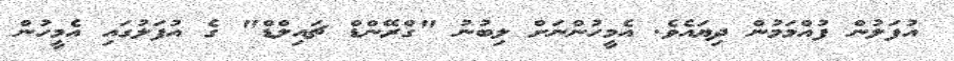
އުފަލުން ފުއްމަމުން ދިޔައެވެ. އެމީހުންނަށް ލިބުނު "ގްރޭންޑް ޗައިލްޑް" ގެ އުފަލުގައި އެމީހުން